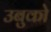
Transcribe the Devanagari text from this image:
उबुको